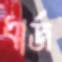
ধার্জ